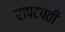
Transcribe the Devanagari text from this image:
राषटपती